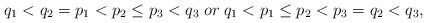
LaTeX: \begin{align*}q_1<q_2=p_1<p_2\leq p_3<q_3\;or\;q_1<p_1\leq p_2<p_3=q_2<q_3,\end{align*}